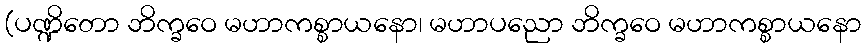
(ပဏ္ဍိတော ဘိက္ခဝေ မဟာကစ္စာယနော၊ မဟာပညော ဘိက္ခဝေ မဟာကစ္စာယနော